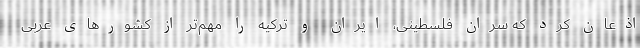
اذعان کرد که سران فلسطینی، ایران و ترکیه را مهم‌تر از کشورهای عربی